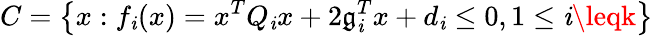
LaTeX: {C}=\left\{ x:f_{\mathit{i}}(x)=x^{T}Q_{\mathit{i}}x+2\mathfrak{g}_{\mathit{i}}^{T}x+d_{\mathit{i}}\leq0,1\leq\mathit{i}\leqk\right\}